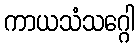
ကာယသံသဂ္ဂေါ